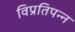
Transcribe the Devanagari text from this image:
विप्रतिपन्न